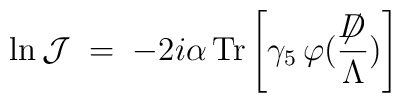
\ln {\mathcal J} \;=\; - 2 i \alpha \, {\rm Tr}\left[ \gamma_5 \, \varphi (\frac{\not \!\! D}{\Lambda}) \right]